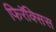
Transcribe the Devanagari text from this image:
फिरॅक्सिस